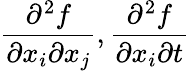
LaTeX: \frac{\partial^{2}f}{\partial x_{i}\partial x_{j}},\frac{\partial^{2}f}{\partial x_{i}\partial t}